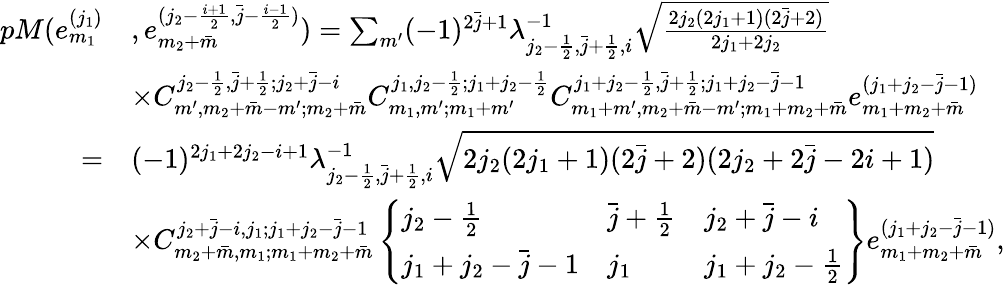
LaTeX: \begin{array}{rl}{pM(e_{m_{1}}^{(j_{1})}}&{,e_{m_{2}+\bar{m}}^{(j_{2}-\frac{i+1}{2},\bar{j}-\frac{i-1}{2})})=\sum_{m^{\prime}}(-1)^{2\bar{j}+1}\lambda_{j_{2}-\frac{1}{2},\bar{j}+\frac{1}{2},i}^{-1}\sqrt{\frac{2j_{2}(2j_{1}+1)(2\bar{j}+2)}{2j_{1}+2j_{2}}}}\\ &{\times C_{m^{\prime},m_{2}+\bar{m}-m^{\prime};m_{2}+\bar{m}}^{j_{2}-\frac{1}{2},\bar{j}+\frac{1}{2};j_{2}+\bar{j}-i}C_{m_{1},m^{\prime};m_{1}+m^{\prime}}^{j_{1},j_{2}-\frac{1}{2};j_{1}+j_{2}-\frac{1}{2}}C_{m_{1}+m^{\prime},m_{2}+\bar{m}-m^{\prime};m_{1}+m_{2}+\bar{m}}^{j_{1}+j_{2}-\frac{1}{2},\bar{j}+\frac{1}{2};j_{1}+j_{2}-\bar{j}-1}e_{m_{1}+m_{2}+\bar{m}}^{(j_{1}+j_{2}-\bar{j}-1)}}\\ {=}&{(-1)^{2j_{1}+2j_{2}-i+1}\lambda_{j_{2}-\frac{1}{2},\bar{j}+\frac{1}{2},i}^{-1}\sqrt{2j_{2}(2j_{1}+1)(2\bar{j}+2)(2j_{2}+2\bar{j}-2i+1)}}\\ &{\times C_{m_{2}+\bar{m},m_{1};m_{1}+m_{2}+\bar{m}}^{j_{2}+\bar{j}-i,j_{1};j_{1}+j_{2}-\bar{j}-1}\left\{ \begin{array}{lll}{j_{2}-\frac{1}{2}}&{\bar{j}+\frac{1}{2}}&{j_{2}+\bar{j}-i}\\ {j_{1}+j_{2}-\bar{j}-1}&{j_{1}}&{j_{1}+j_{2}-\frac{1}{2}}\end{array}\right\} e_{m_{1}+m_{2}+\bar{m}}^{(j_{1}+j_{2}-\bar{j}-1)},}\end{array}